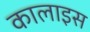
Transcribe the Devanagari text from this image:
कालाइस